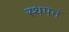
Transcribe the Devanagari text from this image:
स्थपन